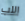
اللب